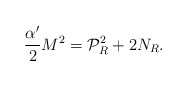
\begin{align*}\frac{\alpha'}{2} M^{2} ={\cal P}_{R}^{2} + 2 N_{R}.\end{align*}